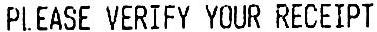
PLEASE VERIFY YOUR RECEIPT